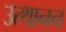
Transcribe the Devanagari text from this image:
उत्थानन